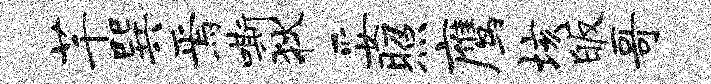
芊巽焉嘶狄妥照鹰垓皈哥